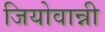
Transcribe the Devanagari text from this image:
जियोवान्नी